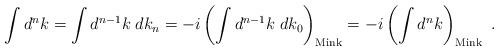
LaTeX: \begin{align*}\int d^nk = \int d^{n-1}k\; dk_n = -i\left(\int d^{n-1}k\; dk_0 \right)_{\mathrm{Mink}} = -i\left(\int d^nk \right)_{\mathrm{Mink}} \ .\end{align*}